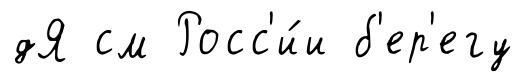
дЯ см Росс'и́и б'ер'егу